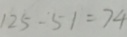
1 2 5 - 5 1 = 7 4